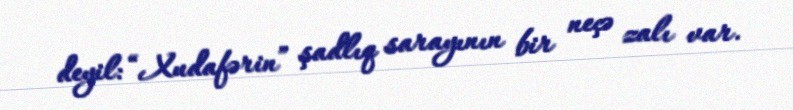
deyil: “Xudafərin” şadlıq sarayının bir neçə zalı var.